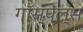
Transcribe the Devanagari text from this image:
गॉस्पेल्स